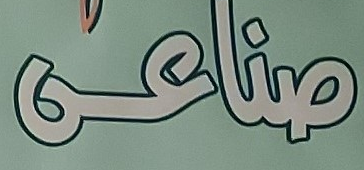
صناعى